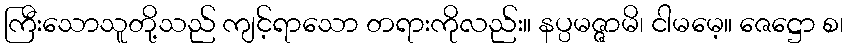
ကြီးသောသူတို့သည် ကျင့်ရာသော တရားကိုလည်း။ နပ္ပမဇ္ဇာမိ၊ ငါမမေ့။ ဇေဋ္ဌော စ၊